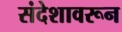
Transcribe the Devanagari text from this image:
संदेशावरून